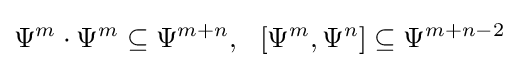
\Psi ^{m}\cdot \Psi ^{m}\subseteq \Psi ^{m+n},\,\,\,\,[\Psi ^{m},\Psi ^{n}]\subseteq \Psi ^{m+n-2}